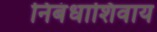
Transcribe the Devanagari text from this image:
निबंधाशिवाय